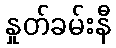
နှုတ်ခမ်းနီ